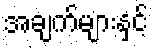
အချက်များနှင့်